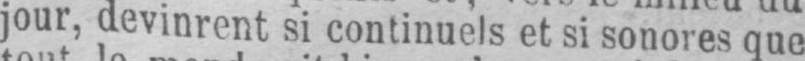
jour, devinrent si continuels et si sonores que